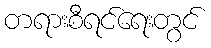
တရားစီရင်ရေးတွင်